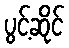
ပွင့်ဆိုင်